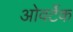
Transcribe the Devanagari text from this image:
ओवर्टेक